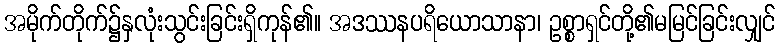
အမိုက်တိုက်၌နှလုံးသွင်းခြင်းရှိကုန်၏။ အဒဿနပရိယောသာနာ၊ ဥစ္စာရှင်တို့၏မမြင်ခြင်းလျှင်